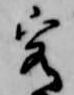
客